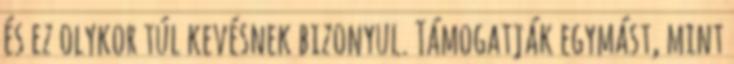
és ez olykor túl kevésnek bizonyul. Támogatják egymást, mint